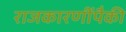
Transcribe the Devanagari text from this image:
राजकारणींपैकी